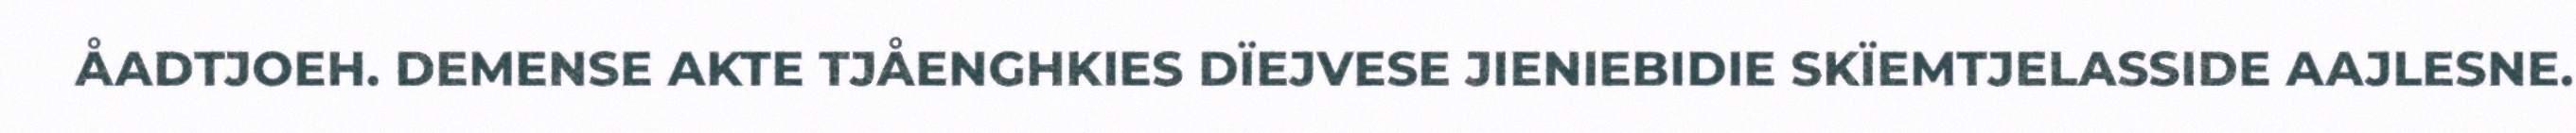
ÅADTJOEH. DEMENSE AKTE TJÅENGHKIES DÏEJVESE JIENIEBIDIE SKÏEMTJELASSIDE AAJLESNE.